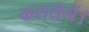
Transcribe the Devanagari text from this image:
करायेगें।